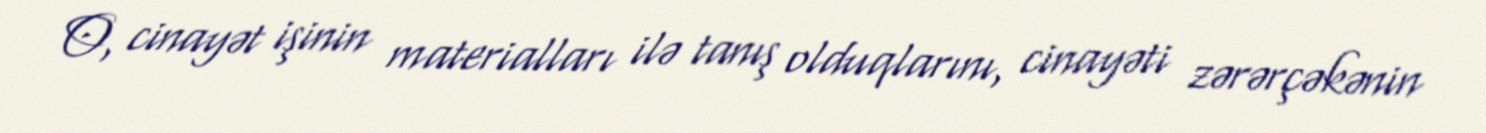
O, cinayət işinin materialları ilə tanış olduqlarını, cinayəti zərərçəkənin